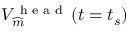
V _ { \widehat { m } } ^ { \textrm { h e a d } } \left( t = t _ { s } \right)